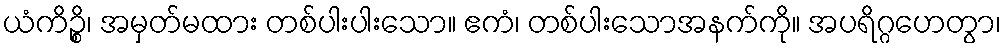
ယံကိဉ္စိ၊ အမှတ်မထား တစ်ပါးပါးသော။ ဧကံ၊ တစ်ပါးသောအနက်ကို။ အပရိဂ္ဂဟေတွာ၊